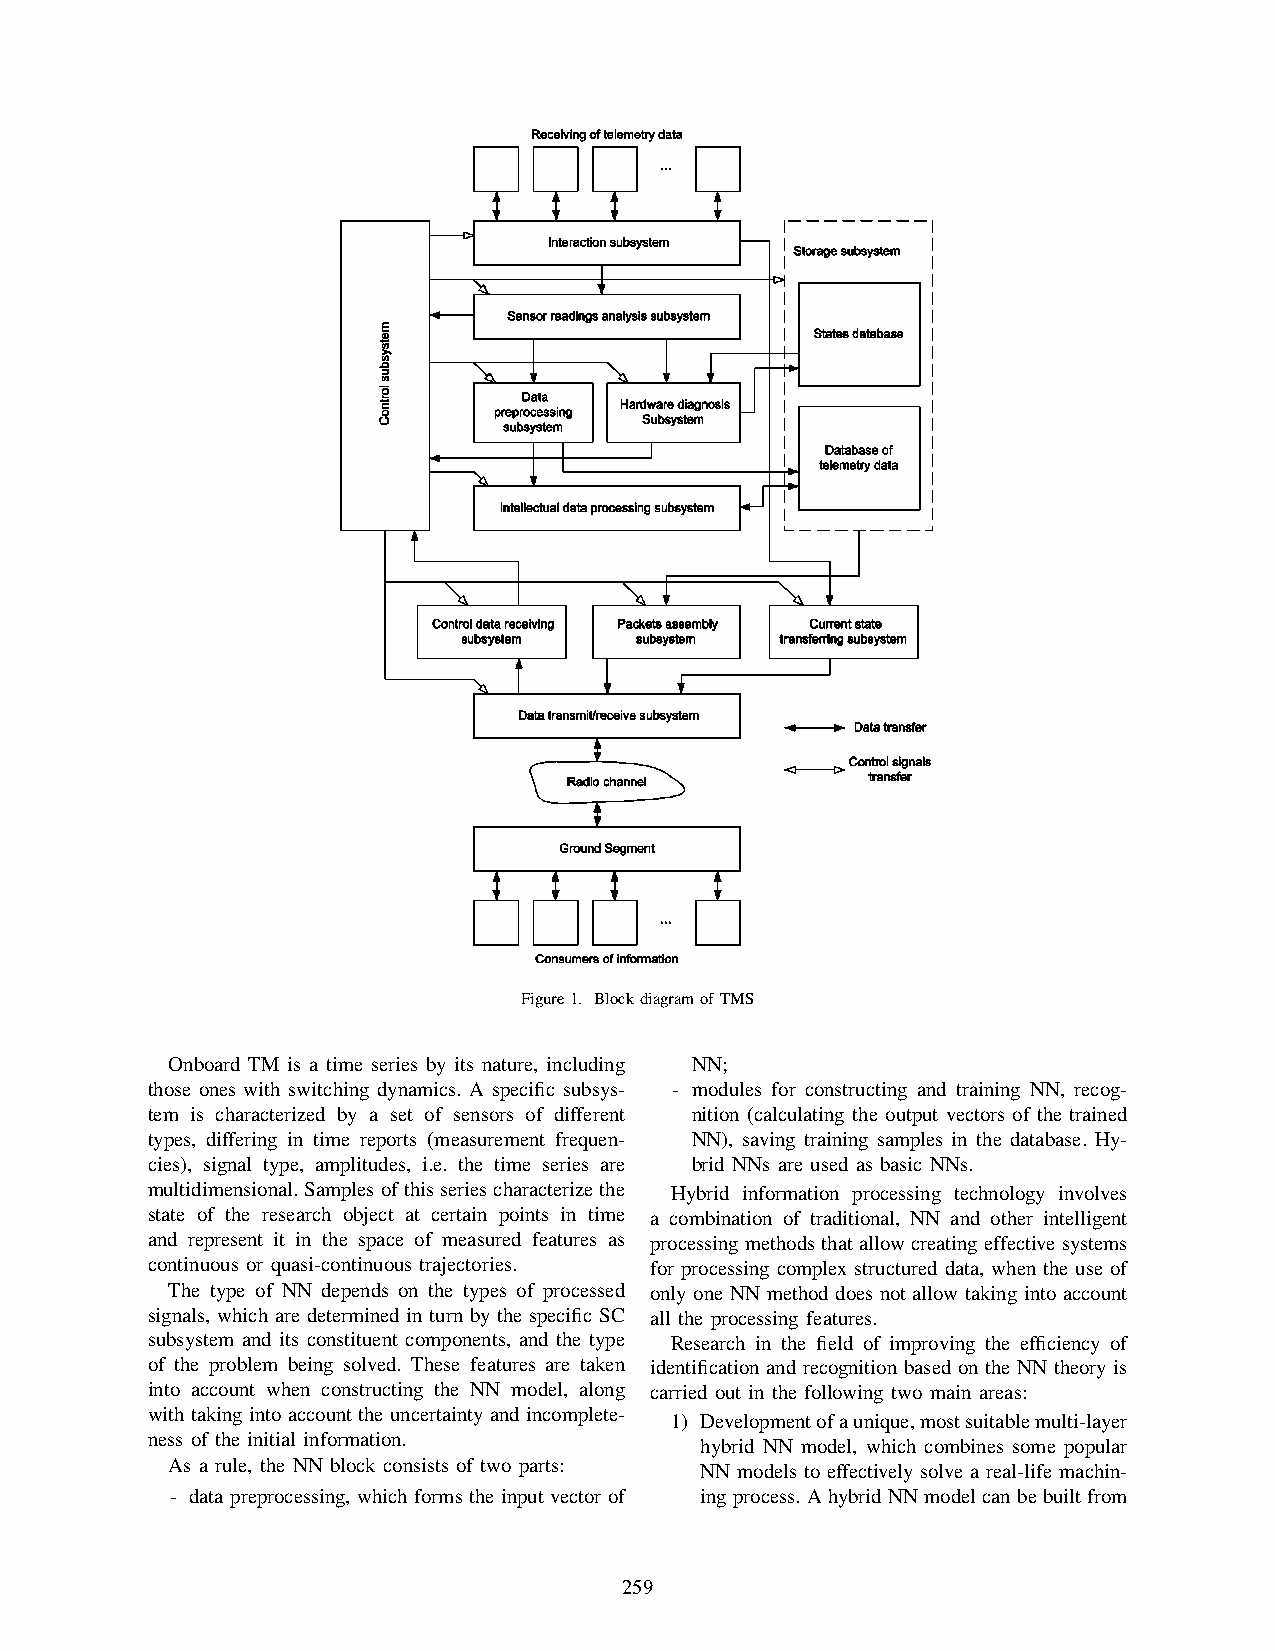
Figure1. BlockdiagramofTMS
 Onboard TM is a time series by its nature, including NN;
 those ones with switching dynamics. A specific subsys- - modules for constructing and training NN, recog-
 tem is characterized by a set of sensors of different nition (calculating the output vectors of the trained
 types, differing in time reports (measurement frequen- NN), saving training samples in the database. Hy-
 cies), signal type, amplitudes, i.e. the time series are brid NNs are used as basic NNs.
 multidimensional.Samplesofthisseriescharacterizethe Hybrid information processing technology involves
 state of the research object at certain points in time a combination of traditional, NN and other intelligent
 and represent it in the space of measured features as processing methods that allow creating effective systems
 continuous or quasi-continuous trajectories. for processing complex structured data, when the use of
 The type of NN depends on the types of processed only one NN method does not allow taking into account
 signals, which are determined in turn by the specific SC all the processing features.
 subsystem and its constituent components, and the type Research in the field of improving the efficiency of
 of the problem being solved. These features are taken identification and recognition based on the NN theory is
 into account when constructing the NN model, along carried out in the following two main areas:
 with taking into account the uncertainty and incomplete-
 1) Developmentofaunique,mostsuitablemulti-layer
 ness of the initial information.
 hybrid NN model, which combines some popular
 As a rule, the NN block consists of two parts: NN models to effectively solve a real-life machin-
 - data preprocessing, which forms the input vector of ingprocess.AhybridNNmodelcanbebuiltfrom
 259